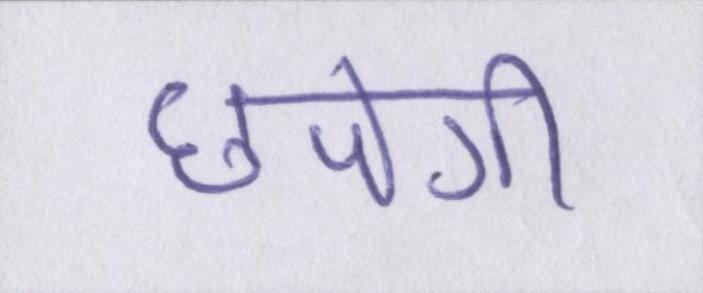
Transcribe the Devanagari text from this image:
छपेगी